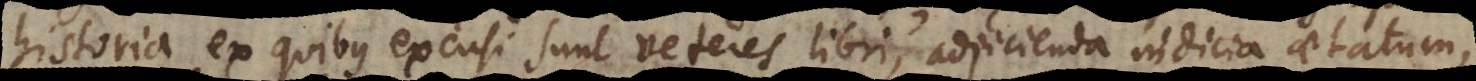
historia ex quibus excusi sunt veteres libri, adjicienda indicia aetatum,